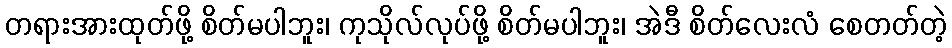
တရားအားထုတ်ဖို့ စိတ်မပါဘူး၊ ကုသိုလ်လုပ်ဖို့ စိတ်မပါဘူး၊ အဲဒီ စိတ်လေးလံ စေတတ်တဲ့